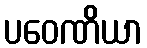
ပဝေဏိယာ